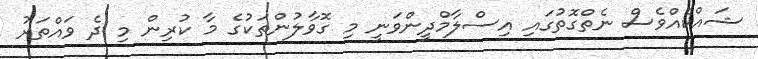
ޝައްކެއްވެސް ނެތްގޮތުގައި އިސްލާމްދީންވަނީ މި ގޮވާލުންތަކުގެ މާ ކުރިން މި ދެ ވައްތަރު